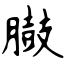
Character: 臌